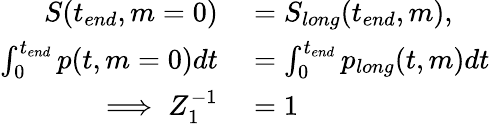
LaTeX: \begin{array}{rl}{S(t_{end},m=0)}&{{}=S_{long}(t_{end},m),}\\ {\int_{0}^{t_{end}}p(t,m=0)dt}&{{}=\int_{0}^{t_{end}}p_{long}(t,m)dt}\\ {\implies Z_{1}^{-1}}&{{}=1}\end{array}